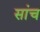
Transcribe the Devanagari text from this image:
सांच